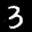
Label: 3